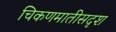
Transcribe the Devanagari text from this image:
चिकणमातीसदृश